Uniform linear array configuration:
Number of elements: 12
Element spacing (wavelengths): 0.75
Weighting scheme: exponential
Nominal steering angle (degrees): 15
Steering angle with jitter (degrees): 13.596
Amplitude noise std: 0.05
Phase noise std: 0.05

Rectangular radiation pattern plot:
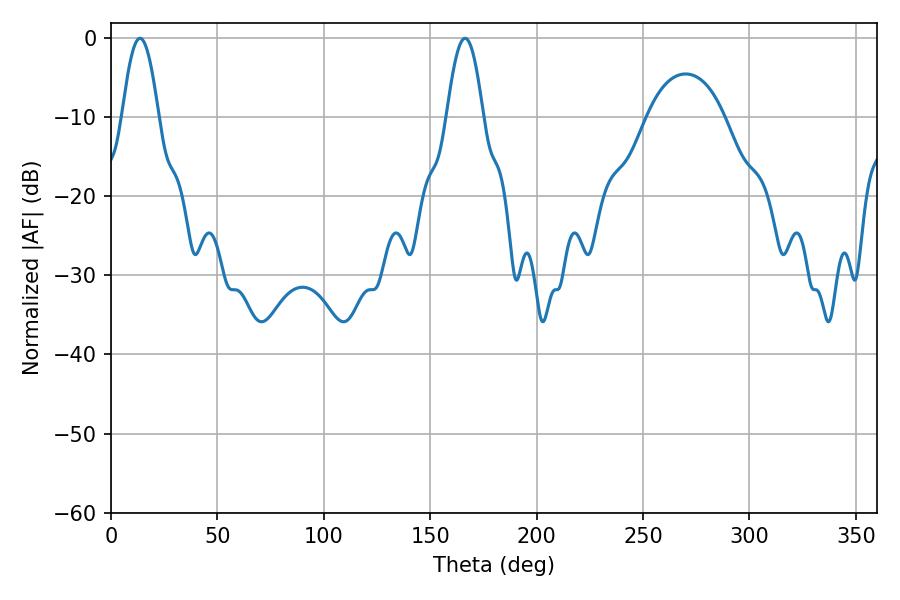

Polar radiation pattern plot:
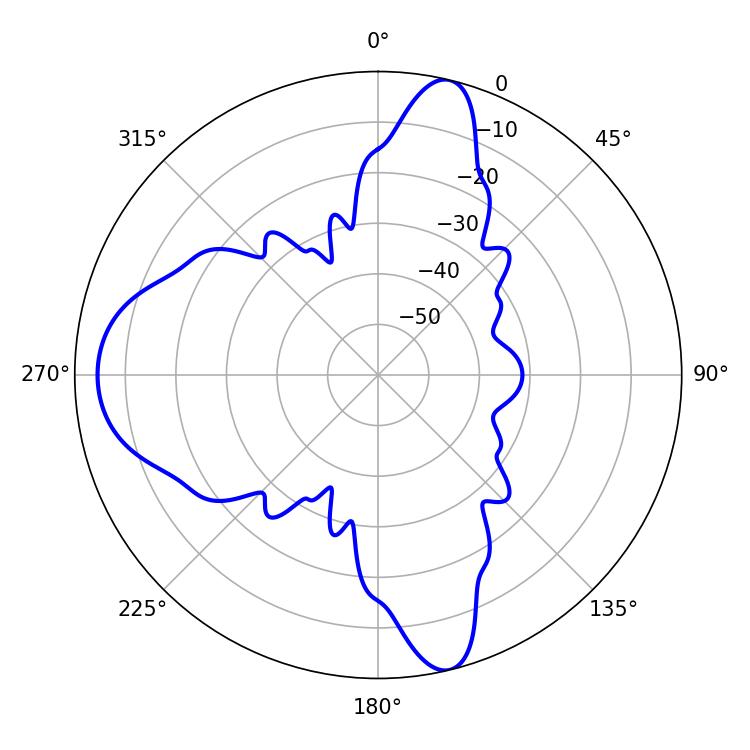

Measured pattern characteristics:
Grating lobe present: TRUE
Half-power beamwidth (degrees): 9.36
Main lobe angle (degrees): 166.32